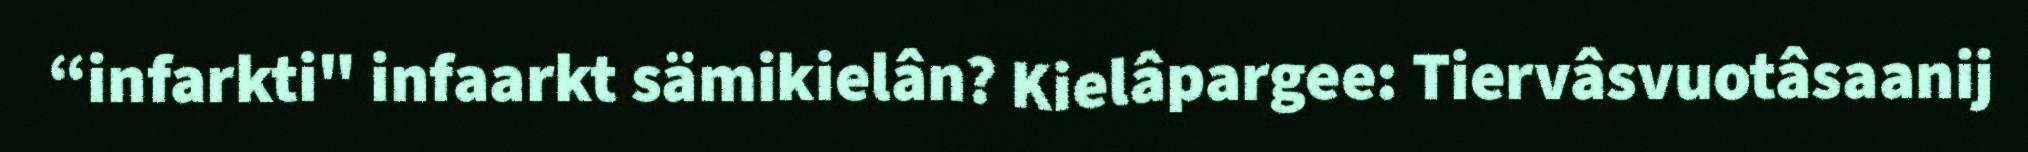
“infarkti" infaarkt sämikielân? Kielâpargee: Tiervâsvuotâsaanij